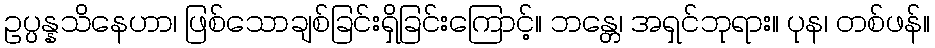
ဥပ္ပန္နသိနေဟာ၊ ဖြစ်သောချစ်ခြင်းရှိခြင်းကြောင့်။ ဘန္တေ၊ အရှင်ဘုရား။ ပုန၊ တစ်ဖန်။